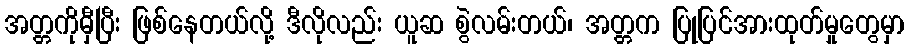
အတ္တကိုမှီပြီး ဖြစ်နေတယ်လို့ ဒီလိုလည်း ယူဆ စွဲလမ်းတယ်၊ အတ္တက ပြုပြင်အားထုတ်မှုတွေမှာ